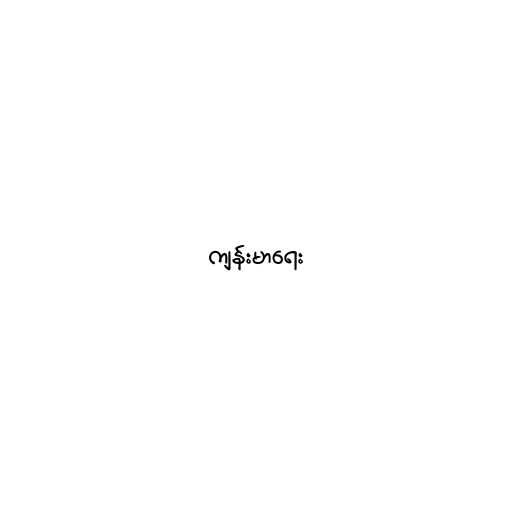
ကျန်းမာရေး